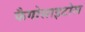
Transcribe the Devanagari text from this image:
फैगोसाइटोस